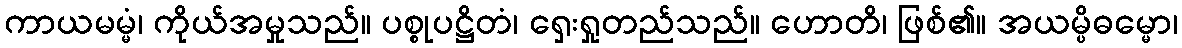
ကာယမမ္မံ၊ ကိုယ်အမှုသည်။ ပစ္စုပဋ္ဌိတံ၊ ရှေးရှုတည်သည်။ ဟောတိ၊ ဖြစ်၏။ အယမ္ပိဓမ္မော၊